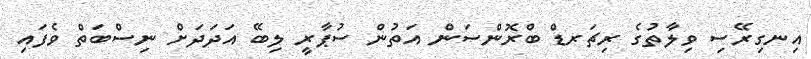
އިނގިރޭސި ވިލާތުގެ ރިޗަރޑް ބްރޮންސަން އަތުން ސުޕާރީ ލިބޭ އަދަދަށް ނިސްބަތް ވެފައި